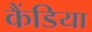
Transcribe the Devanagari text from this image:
कैंडिया